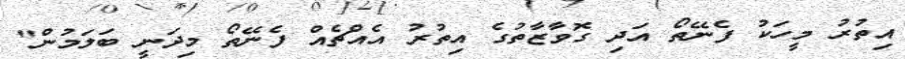
އިތުރު މީހަކު ފެނޭތޯ އަދި ގޮވާޒާތުގެ އިތުރު އެއްޗެއް ފެނޭތޯ މިދަނީ ބަލަމުން"